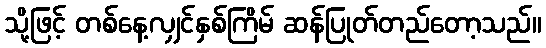
သို့ဖြင့် တစ်နေ့လျှင်နှစ်ကြိမ် ဆန်ပြုတ်တည်တော့သည်။